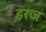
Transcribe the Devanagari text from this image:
इरज